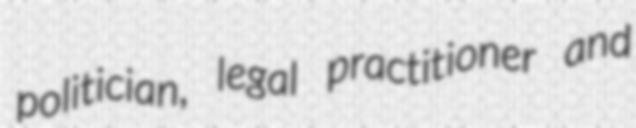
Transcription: politician, legal practitioner and